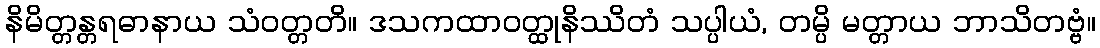
နိမိတ္တန္တရဓာနာယ သံဝတ္တတိ။ ဒသကထာဝတ္ထုနိဿိတံ သပ္ပါယံ, တမ္ပိ မတ္တာယ ဘာသိတဗ္ဗံ။